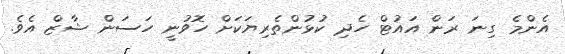
އެންމެ ގިނަ ރަން އައުޓް ހެދި ކުޅުންތެރިޔަކަށް ހޮވުނީ ހަސަން ޝާޒް އެވެ.